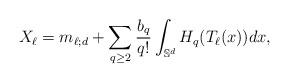
LaTeX: \begin{align*}X_\ell=m_{\ell;d}+\sum_{q \geq 2} \frac{b_q}{q!} \int_{\mathbb S^d} H_q(T_\ell(x)) dx,\end{align*}